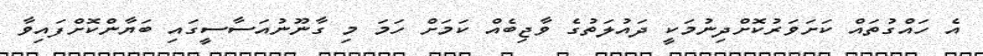
އެ ހައްގުތައް ކަށަވަރުކޮށްދިނުމަކީ ދައުލަތުގެ ވާޖިބެއް ކަމަށް ހަމަ މި ގާނޫނުއަސާސީގައި ބަޔާންކޮށްފައިވާ